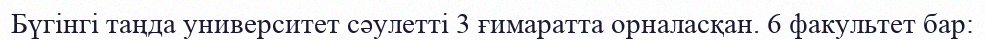
Бүгінгі таңда университет сәулетті 3 ғимаратта орналасқан. 6 факультет бар: